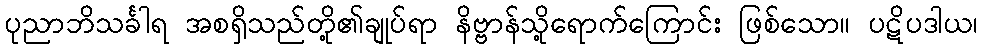
ပုညာဘိသင်္ခါရ အစရှိသည်တို့၏ချုပ်ရာ နိဗ္ဗာန်သို့ရောက်ကြောင်း ဖြစ်သော။ ပဋိပဒါယ၊